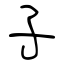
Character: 子